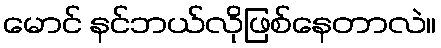
မောင် နင်ဘယ်လိုဖြစ်နေတာလဲ။